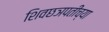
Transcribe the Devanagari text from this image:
शिवछञपतींच्या